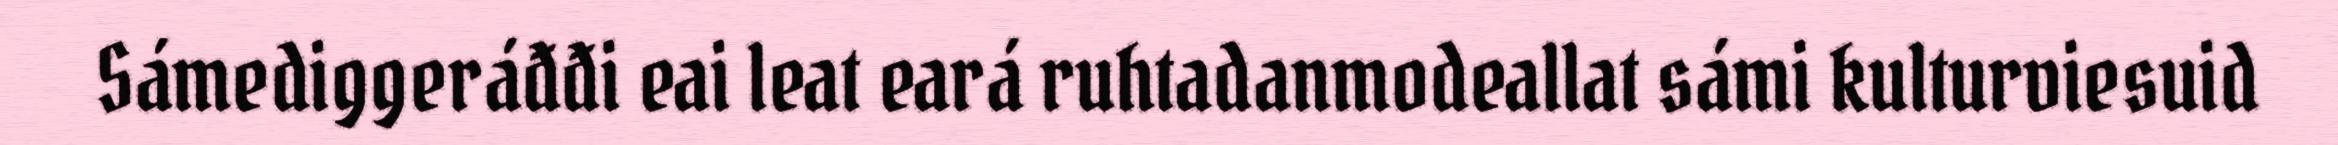
Sámediggeráđđi eai leat eará ruhtadanmodeallat sámi kulturviesuid